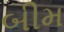
બીમ